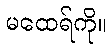
မထေရ်ကို။